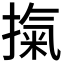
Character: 𭡾